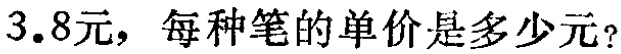
3.8元，每种笔的单价是多少元？